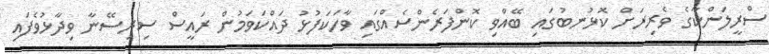
ސްރީލަންކާގެ ވެރިރަށް ކޮޅުނބުގައި ބޭއްވި ކޮންފަރެންސެއްގައި ވާހަކަފުޅު ދައްކަވަމުން ރައީސް ސިރިސޭނާ ވިދާޅުވެފައި